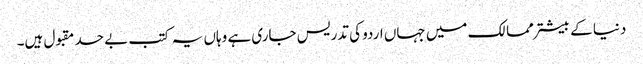
دنیا کے بیشتر ممالک میں جہاں اردو کی تدریس جاری ہے وہاں یہ کتب بے حد مقبول ہیں۔